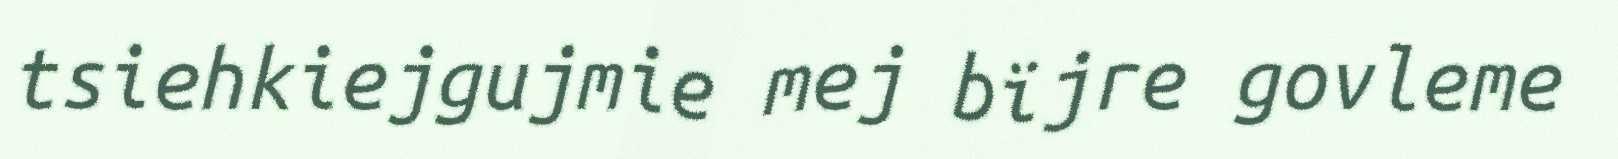
tsiehkiejgujmie mej bïjre govleme